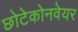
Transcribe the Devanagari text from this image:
छोटेकोनवेयर